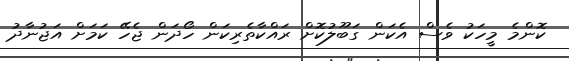
ކޮންމެ މީހަކު ވެސް އެކަން ގަބޫލުކޮށް ރައްކާތެރިކަން ހޯދަން ޖެހޭ ކަމަށް އަޖުނާދު